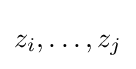
z_{i},\dots ,z_{j}